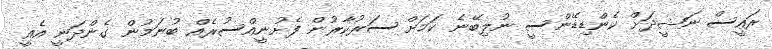
ރައީސް ނަޝީދަށް ކެންޑިޑޭންސީ ނުލިބޭނެ ކަމަށް ސަރުކާރުން ފެށުނީއްސުރެއް ބުނަމުން ގެންދަނީ އެއީ